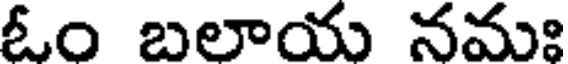
ఓం బలాయ నమః